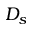
D _ { s }